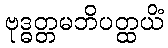
ဗုဒ္ဓတ္တမဘိပတ္ထယိံ